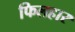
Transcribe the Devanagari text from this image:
फिलहार